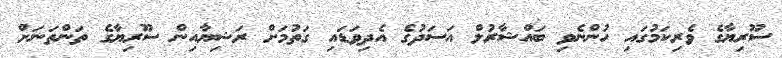
ސޫރިޔާގެ ވެރިކަމުގައި ހުންނެވި ބައްޝާރުލް އަސަދުގެ އެދިވަޑައި ގަތުމަށް ރަޝިޔާއިން ސޫރިޔާގެ ތަންތަނަށް